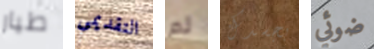
طيار التقديمي لم بجسدك ضوئي